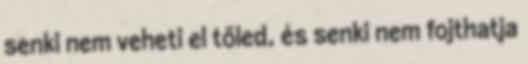
senki nem veheti el tőled, és senki nem fojthatja